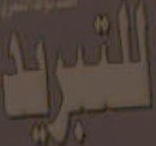
التبريد